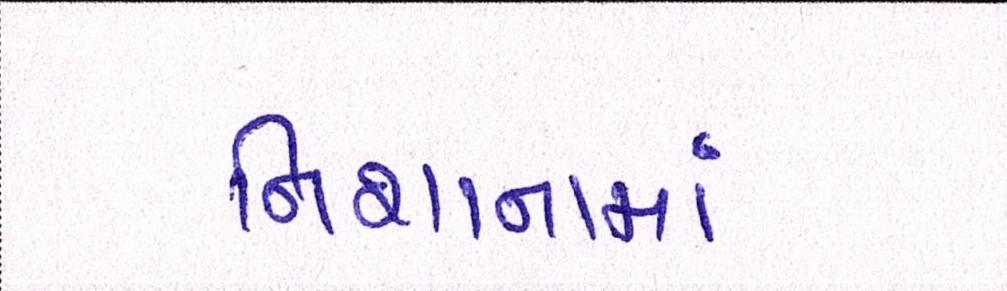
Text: નિશાનામાં